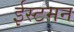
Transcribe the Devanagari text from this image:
ईस्टमन